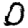
Digit: 0